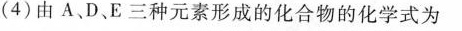
(4)由A、D、E三种元素形成的化合物的化学式为